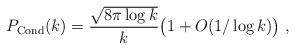
LaTeX: \begin{align*} P_{\mathrm{Cond}}(k) = \frac{\sqrt{8\pi \log k} }{k} \big(1 + O (1/\log k )\big) \; , \end{align*}